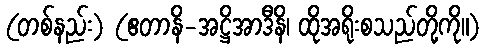
(တစ်နည်း) (ဧတာနိ-အဋ္ဌိအာဒီနိ၊ ထိုအရိုးစသည်တို့ကို။)